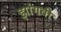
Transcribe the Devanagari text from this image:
झांगवी